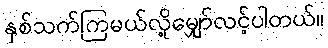
နှစ်သက်ကြမယ်လို့မျှော်လင့်ပါတယ်။